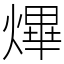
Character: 熚